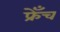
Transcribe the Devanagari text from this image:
फ्रेँच